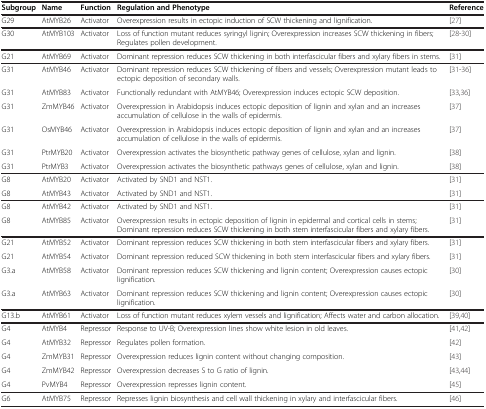
<table><thead><tr><td><b>Subgroup</b></td><td><b>Name</b></td><td><b>Function</b></td><td><b>Regulation and Phenotype</b></td><td><b>Reference</b></td></tr></thead><tbody><tr><td>G29</td><td>AtMYB26</td><td>Activator</td><td>Overexpression results in ectopic induction of SCW thickening and lignification.</td><td>[27]</td></tr><tr><td>G30</td><td>AtMYB103</td><td>Activator</td><td>Loss of function mutant reduces syringyl lignin; Overexpression increases SCW thickening in fibers; Regulates pollen development.</td><td>[28-30]</td></tr><tr><td>G21</td><td>AtMYB69</td><td>Activator</td><td>Dominant repression reduces SCW thickening in both interfascicular fibers and xylary fibers in stems.</td><td>[31]</td></tr><tr><td>G31</td><td>AtMYB46</td><td>Activator</td><td>Dominant repression reduces SCW thickening of fibers and vessels; Overexpression mutant leads to ectopic deposition of secondary walls.</td><td>[31-36]</td></tr><tr><td>G31</td><td>AtMYB83</td><td>Activator</td><td>Functionally redundant with AtMYB46; Overexpression induces ectopic SCW deposition.</td><td>[33,36]</td></tr><tr><td>G31</td><td>ZmMYB46</td><td>Activator</td><td>Overexpression in Arabidopsis induces ectopic deposition of lignin and xylan and an increases accumulation of cellulose in the walls of epidermis.</td><td>[37]</td></tr><tr><td>G31</td><td>OsMYB46</td><td>Activator</td><td>Overexpression in Arabidopsis induces ectopic deposition of lignin and xylan and an increases accumulation of cellulose in the walls of epidermis.</td><td>[37]</td></tr><tr><td>G31</td><td>PtrMYB20</td><td>Activator</td><td>Overexpression activates the biosynthetic pathway genes of cellulose, xylan and lignin.</td><td>[38]</td></tr><tr><td>G31</td><td>PtrMYB3</td><td>Activator</td><td>Overexpression activates the biosynthetic pathways genes of cellulose, xylan and lignin.</td><td>[38]</td></tr><tr><td>G8</td><td>AtMYB20</td><td>Activator</td><td>Activated by SND1 and NST1.</td><td>[31]</td></tr><tr><td>G8</td><td>AtMYB43</td><td>Activator</td><td>Activated by SND1 and NST1.</td><td>[31]</td></tr><tr><td>G8</td><td>AtMYB42</td><td>Activator</td><td>Activated by SND1 and NST1.</td><td>[31]</td></tr><tr><td>G8</td><td>AtMYB85</td><td>Activator</td><td>Overexpression results in ectopic deposition of lignin in epidermal and cortical cells in stems; Dominant repression reduces SCW thickening in both stem interfascicular fibers and xylary fibers.</td><td>[31]</td></tr><tr><td>G21</td><td>AtMYB52</td><td>Activator</td><td>Dominant repression reduces SCW thickening in both stem interfascicular fibers and xylary fibers.</td><td>[31]</td></tr><tr><td>G21</td><td>AtMYB54</td><td>Activator</td><td>Dominant repression reduced SCW thickening in both stem interfascicular fibers and xylary fibers.</td><td>[31]</td></tr><tr><td>G3.a</td><td>AtMYB58</td><td>Activator</td><td>Dominant repression reduces SCW thickening and lignin content; Overexpression causes ectopic lignification.</td><td>[30]</td></tr><tr><td>G3.a</td><td>AtMYB63</td><td>Activator</td><td>Dominant repression reduces SCW thickening and lignin content; Overexpression causes ectopic lignification.</td><td>[30]</td></tr><tr><td>G13.b</td><td>AtMYB61</td><td>Activator</td><td>Loss of function mutant reduces xylem vessels and lignification; Affects water and carbon allocation.</td><td>[39,40]</td></tr><tr><td>G4</td><td>AtMYB4</td><td>Repressor</td><td>Response to UV-B; Overexpression lines show white lesion in old leaves.</td><td>[41,42]</td></tr><tr><td>G4</td><td>AtMYB32</td><td>Repressor</td><td>Regulates pollen formation.</td><td>[42]</td></tr><tr><td>G4</td><td>ZmMYB31</td><td>Repressor</td><td>Overexpression reduces lignin content without changing composition.</td><td>[43]</td></tr><tr><td>G4</td><td>ZmMYB42</td><td>Repressor</td><td>Overexpression decreases S to G ratio of lignin.</td><td>[43,44]</td></tr><tr><td>G4</td><td>PvMYB4</td><td>Repressor</td><td>Overexpression represses lignin content.</td><td>[45]</td></tr><tr><td>G6</td><td>AtMYB75</td><td>Repressor</td><td>Represses lignin biosynthesis and cell wall thickening in xylary and interfascicular fibers.</td><td>[46]</td></tr></tbody></table>